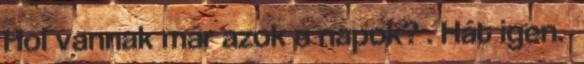
Hol vannak már azok a napok? . Hát igen.